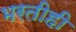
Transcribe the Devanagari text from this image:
भरतीही